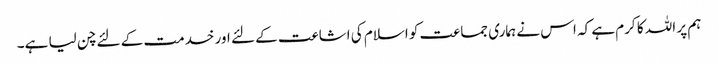
ہم پر اللہ کا کرم ہے کہ اس نے ہماری جماعت کو اسلام کی اشاعت کے لئے اور خدمت کے لئے چن لیا ہے۔